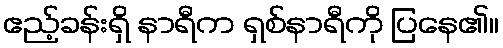
ဧည့်ခန်းရှိ နာရီက ရှစ်နာရီကို ပြနေ၏။